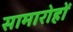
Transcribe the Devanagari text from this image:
सामारोहों